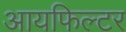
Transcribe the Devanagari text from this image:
आयफिल्टर